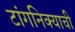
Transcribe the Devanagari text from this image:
टांगनिक्याची